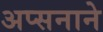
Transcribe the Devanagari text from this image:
अप्सनाने